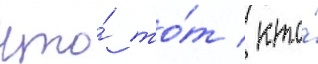
что́ то́т / кто́